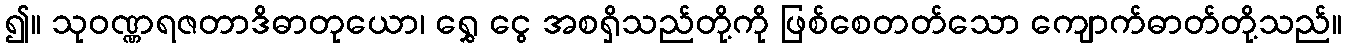
၍။ သုဝဏ္ဏရဇတာဒိဓာတုယော၊ ရွှေ ငွေ အစရှိသည်တို့ကို ဖြစ်စေတတ်သော ကျောက်ဓာတ်တို့သည်။